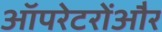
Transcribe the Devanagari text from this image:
ऑपरेटरोंऔर